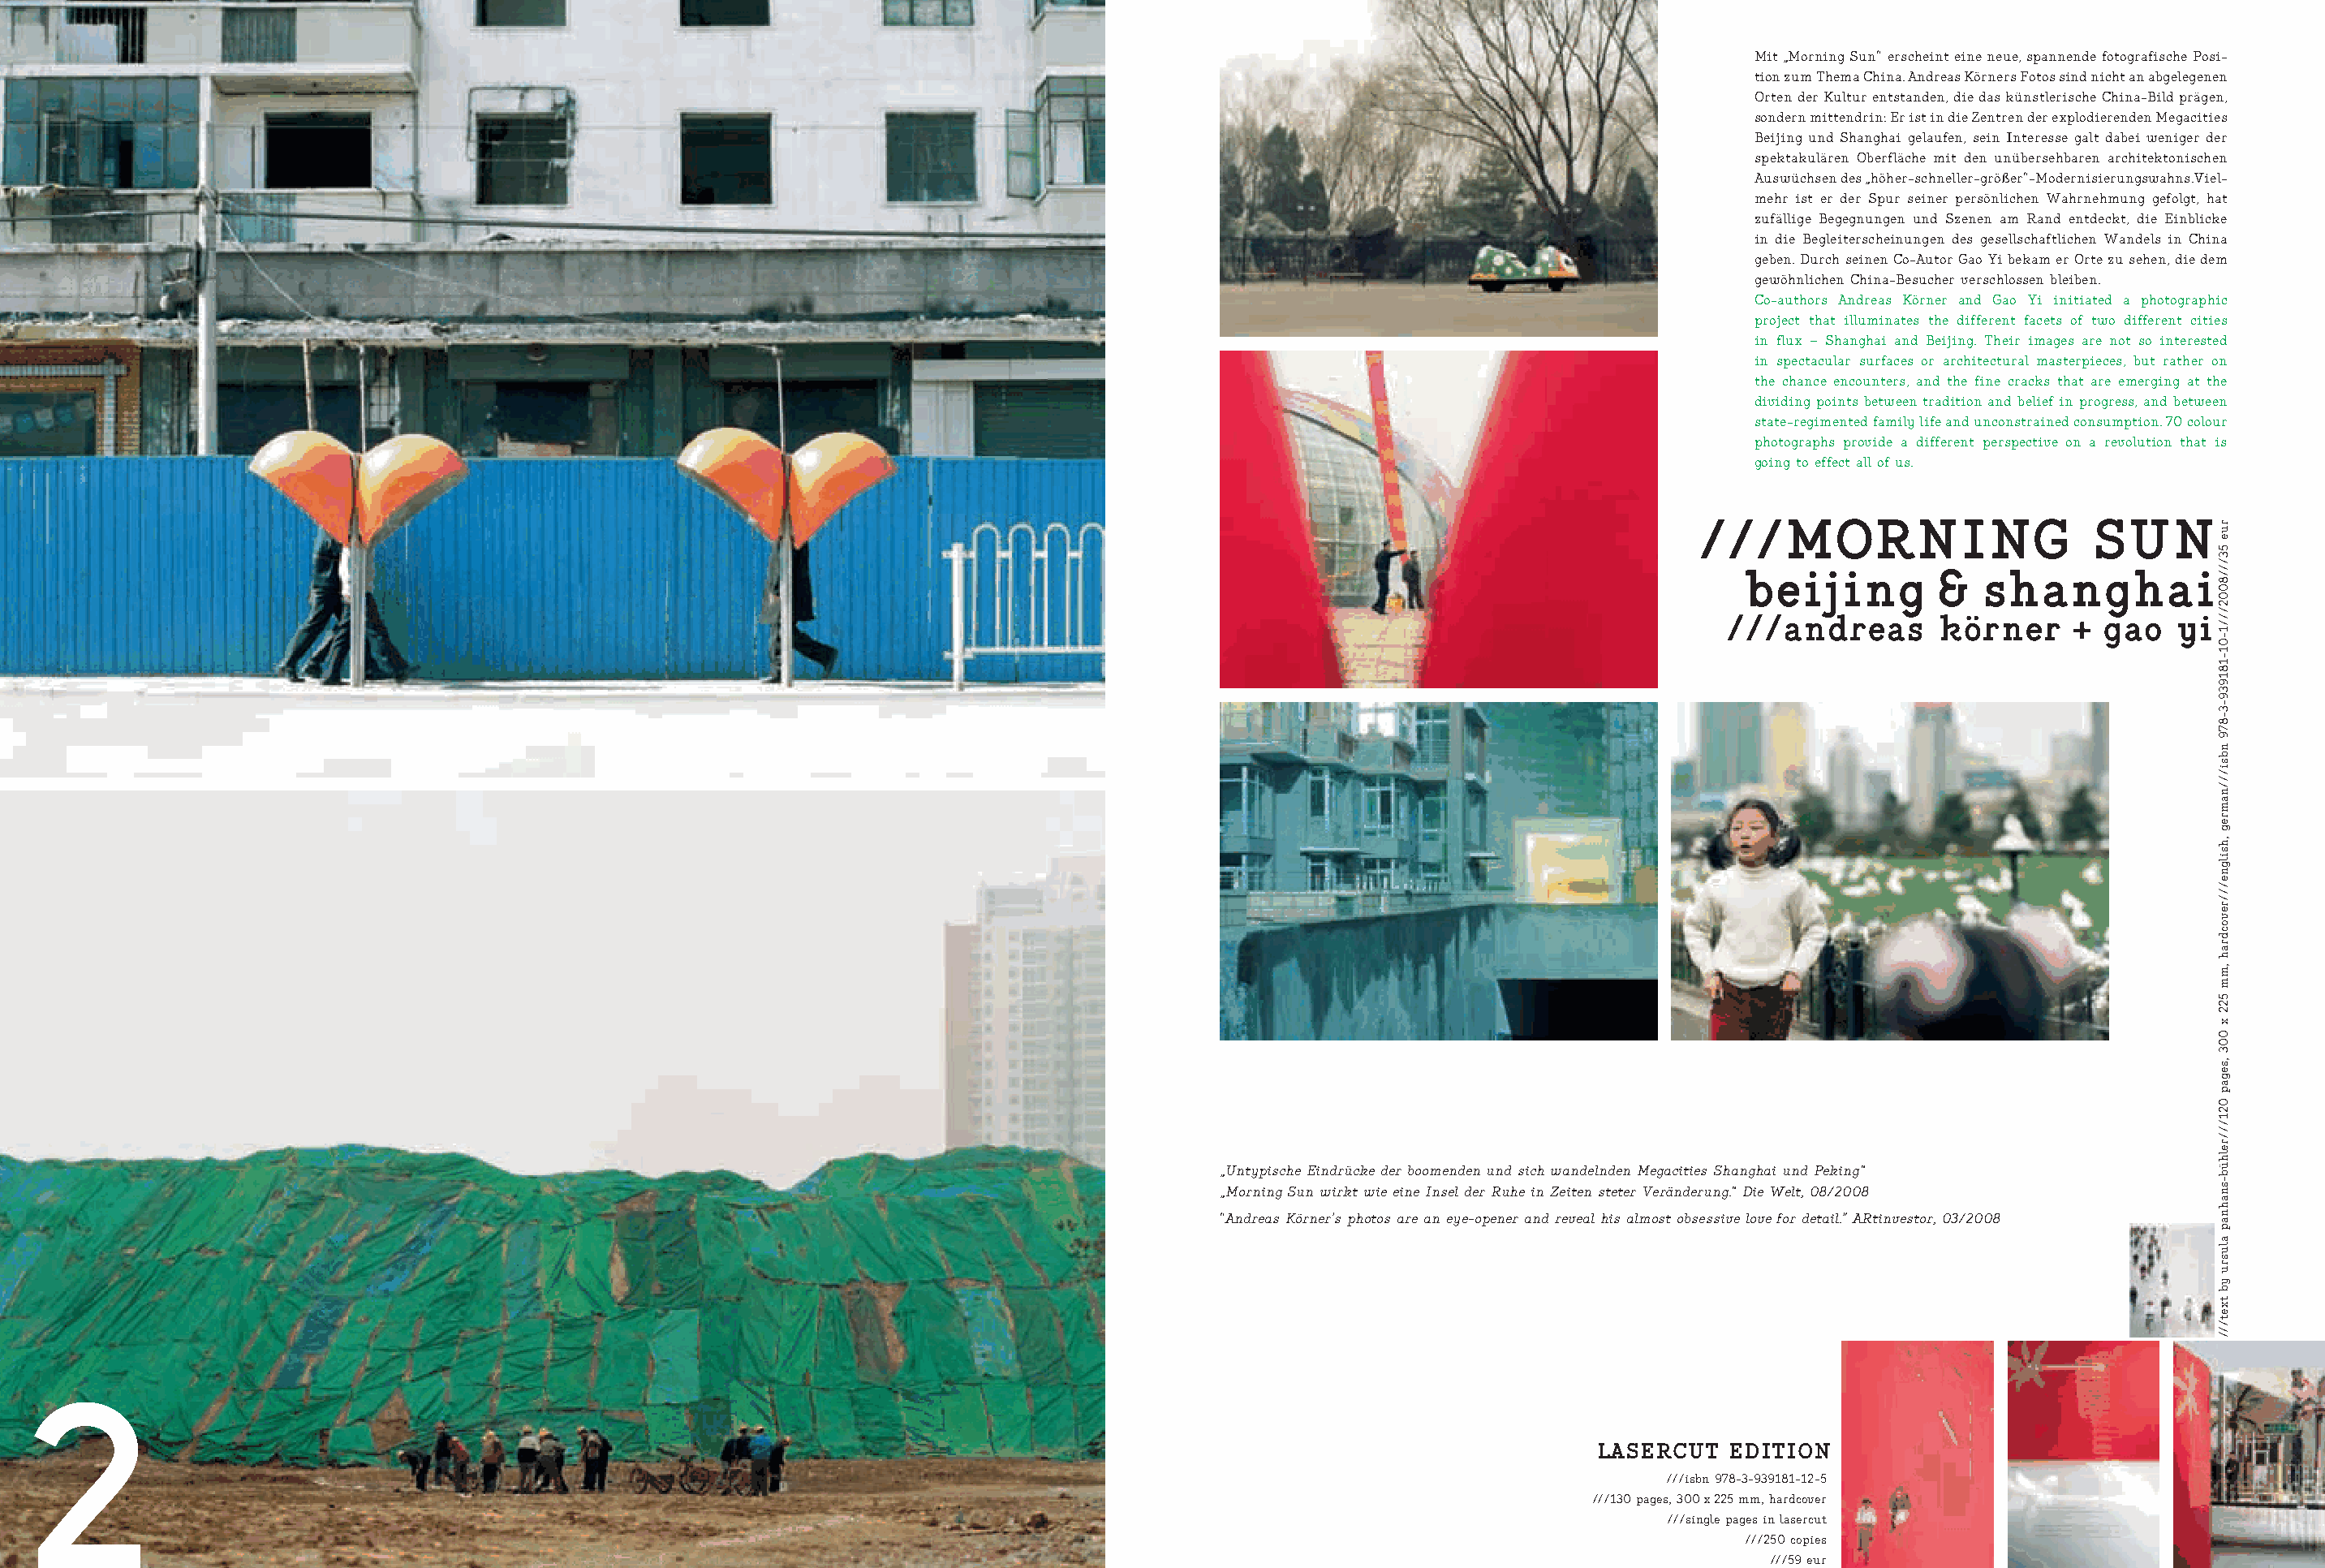
Mit „Morning Sun“ erscheint eine neue, spannende fotografische Posi-
 tion zum Thema China. Andreas Körners Fotos sind nicht an abgelegenen
 Orten der Kultur entstanden, die das künstlerische China-Bild prägen,
 sondern mittendrin: Er ist in die Zentren der explodierenden Megacities
 Beijing und Shanghai gelaufen, sein Interesse galt dabei weniger der
 spektakulären Oberfläche mit den unübersehbaren architektonischen
 Auswüchsen des „höher-schneller-größer“-Modernisierungswahns.Viel-
 mehr ist er der Spur seiner persönlichen Wahrnehmung gefolgt, hat
 zufällige Begegnungen und Szenen am Rand entdeckt, die Einblicke
 in die Begleiterscheinungen des gesellschaftlichen Wandels in China
 geben. Durch seinen Co-Autor Gao Yi bekam er Orte zu sehen, die dem
 gewöhnlichen China-Besucher verschlossen bleiben.
 Co-authors Andreas Körner and Gao Yi initiated a photographic
 project that illuminates the different facets of two different cities
 in flux – Shanghai and Beijing. Their images are not so interested
 in spectacular surfaces or architectural masterpieces, but rather on
 the chance encounters, and the fine cracks that are emerging at the
 dividing points between tradition and belief in progress, and between
 state-regimented family life and unconstrained consumption. 70 colour
 photographs provide a different perspective on a revolution that is
 going to effect all of us.
 ///MORNING                      SUN
 bbbeeeiiijjjiiinnnggg &&& ssshhhaaannnggghhhaaaiii
 //////aannddrreeaass kköörrnneerr ++ ggaaoo yyii
 „Untypische Eindrücke der boomenden und sich wandelnden Megacities Shanghai und Peking“
 „Morning Sun wirkt wie eine Insel der Ruhe in Zeiten steter Veränderung.“ Die Welt, 08/2008
 “Andreas Körner’s photos are an eye-opener and reveal his almost obsessive love for detail.” ARtinvestor, 03/2008
 2
 LASERCUT   EDITION
 ///isbn 978-3-939181-12-5
 ///130 pages, 300 x 225 mm, hardcover
 ///single pages in lasercut
 ///250 copies
 ///59 eur
 rue
 53///8002///1-01-181939-3-879
 nbsi///namreg
 ,hsilgne///revocdrah
 ,mm
 522
 x
 003
 ,segap
 021///relhüb-snahnap
 alusru
 yb
 txet///